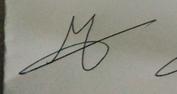
Signature authenticity: genuine